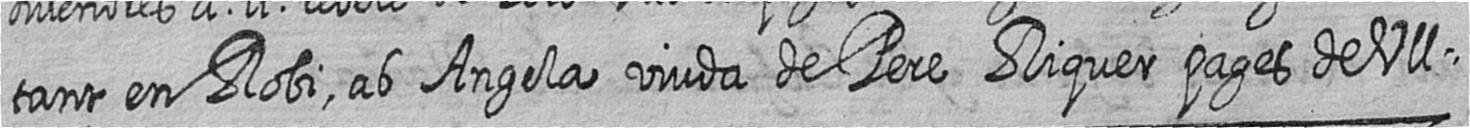
tant en Robi ab Angela viuda de Pere Riquer pages de Ull=